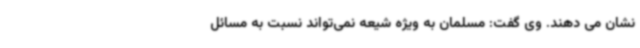
نشان می دهند. وی گفت: مسلمان به ویژه شیعه نمی‌تواند نسبت به مسائل